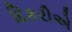
દિકરીએ